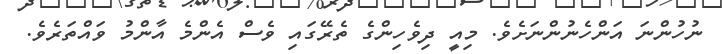
ނުހުންނަ އަންހެނުންނަށެވެ. މިއީ ދިވެހިންގެ ތެރޭގައި ވެސް އެންމެ އާންމު ވައްތަރެވެ.